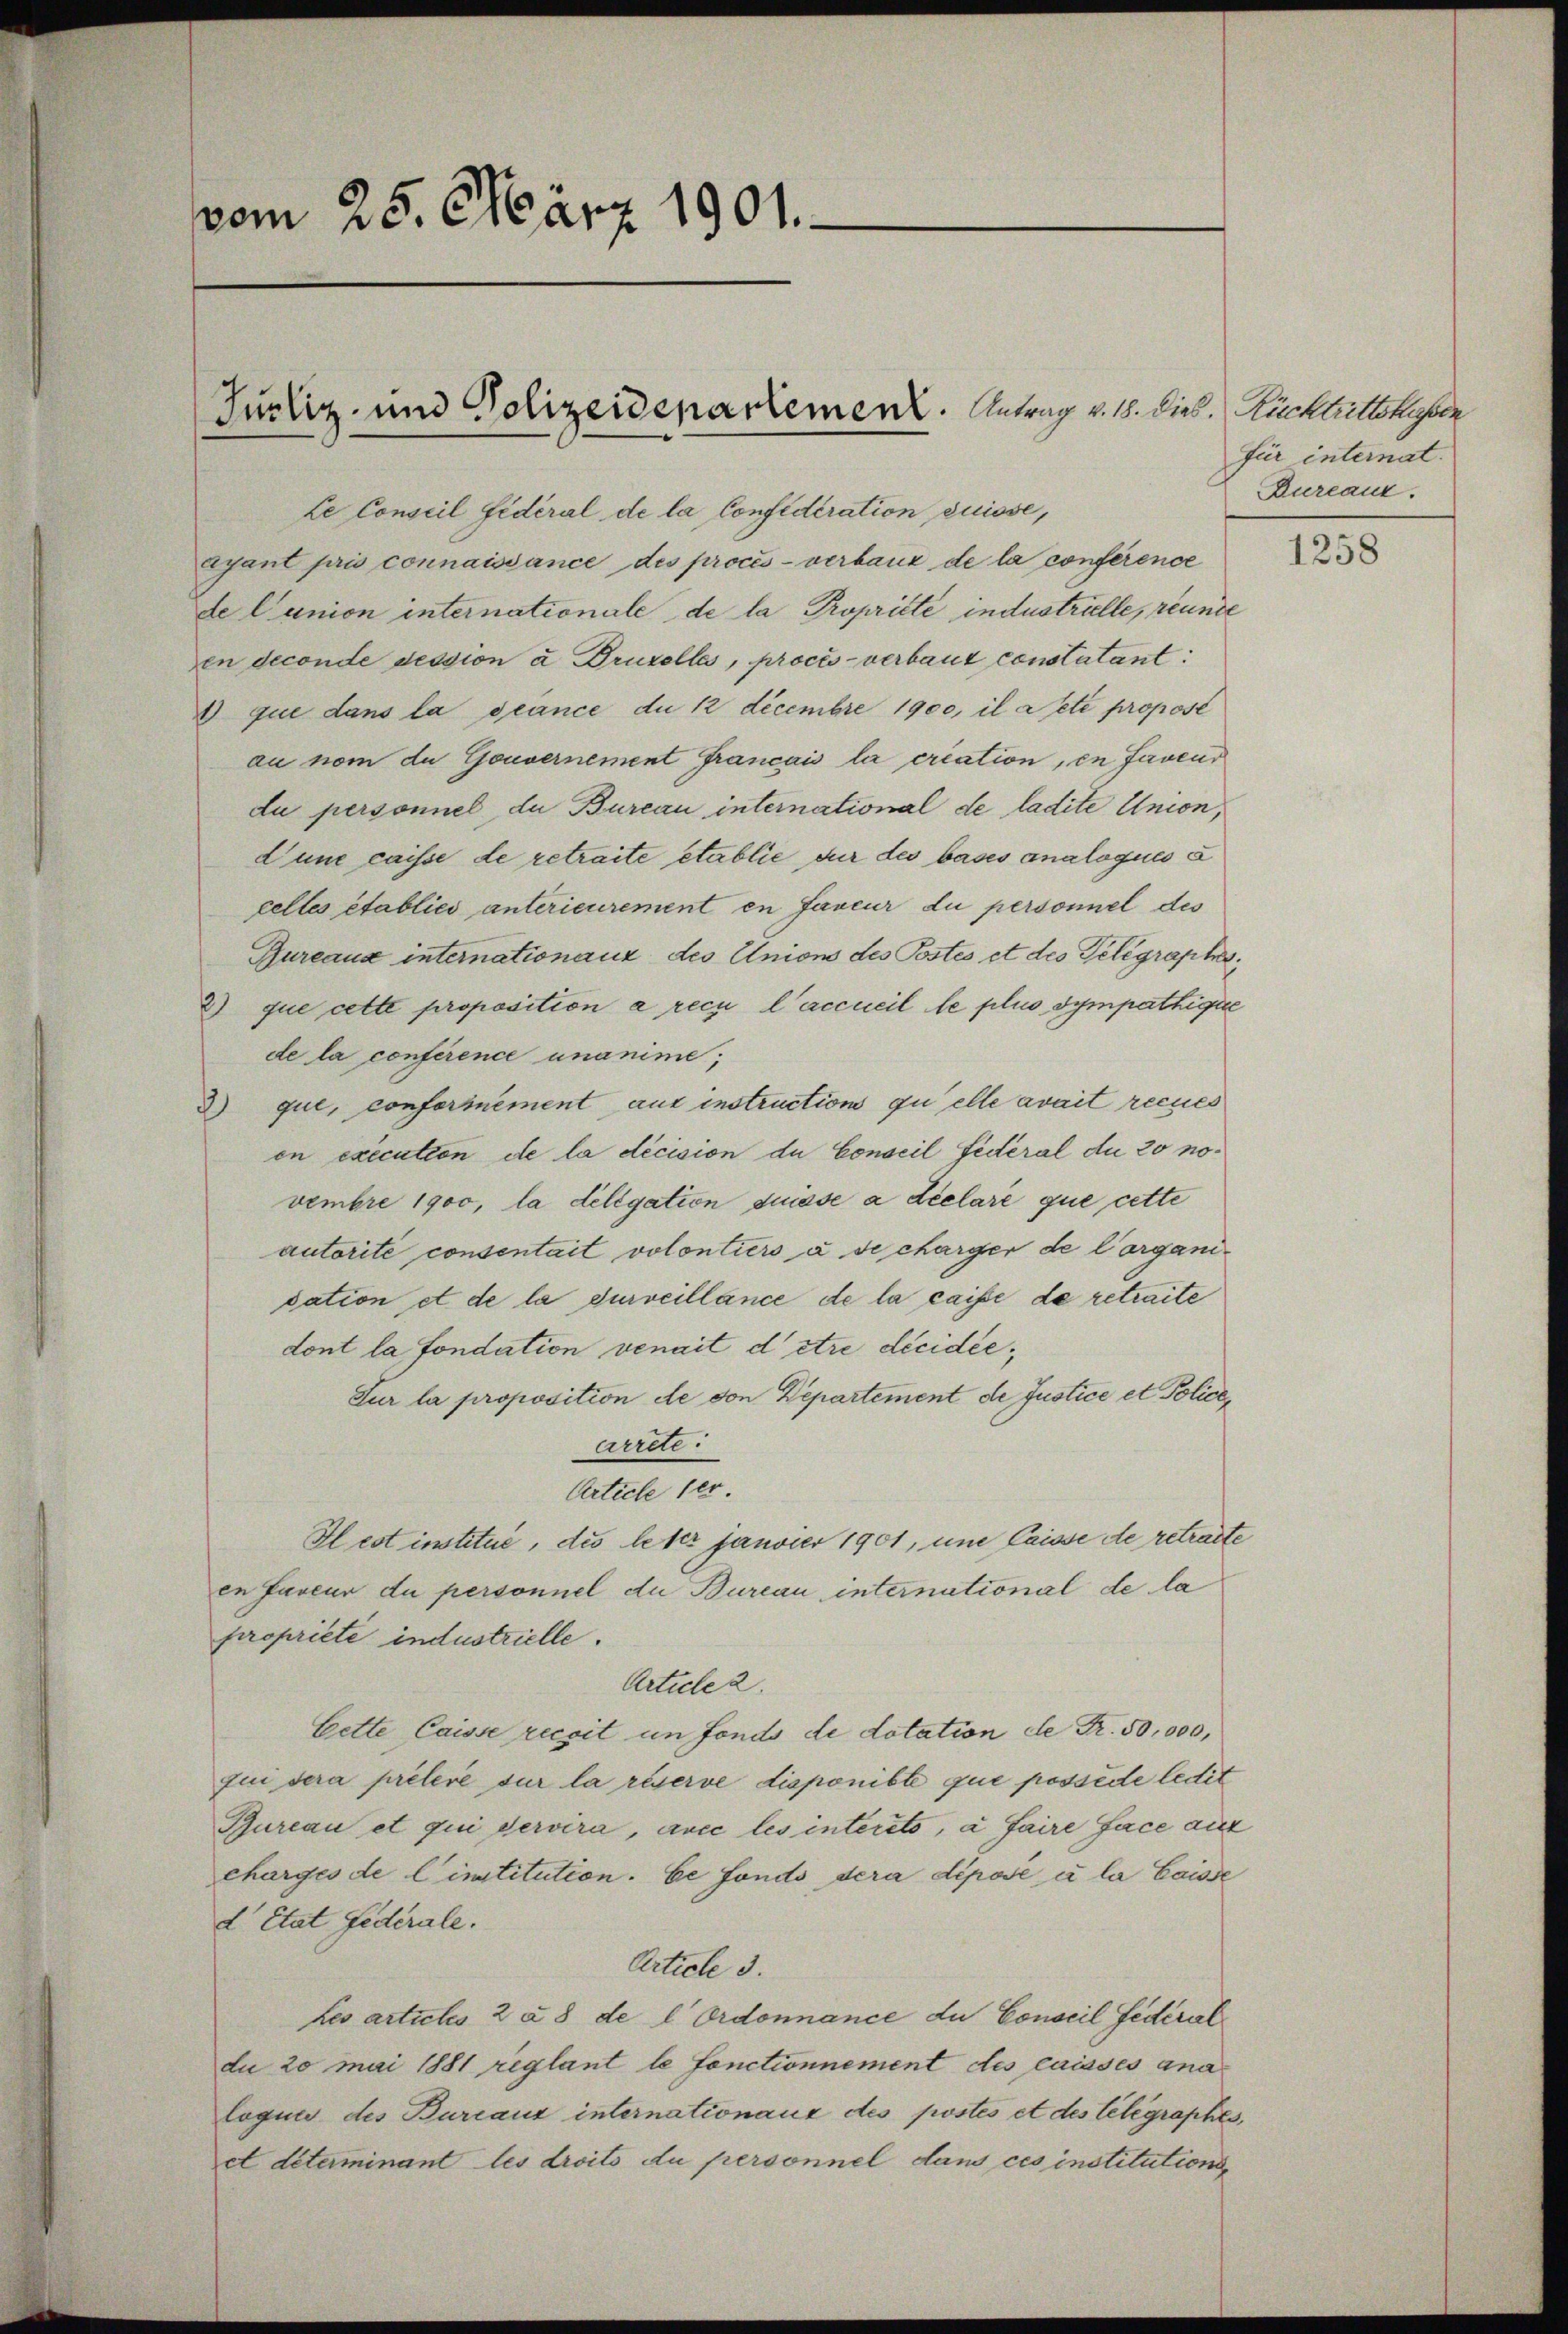
vom 25. März 1901.

ayant pris connaissance des procès-verbaux de la conference
de lunion internationale de la Propriété industrielle, reunde
en deconde dession a Bruzolles, procès-verbaut constatant
1) que dans la séance du 12 Decembre 1900, il acte proposé
au nom du Gouvernement Français la criation, en faveur
du personnel da Bureau international de ladite Union,
L’une caisse de retraite etablie der des bases analogues e
celles établico anterieurement en faveur du personnel des
Bureaux internationauz des Unions des Postes et des Telegrapher,
2) que cette proposition a recu l’accueil le plus Sympathique
de la conférence unanime;
d) que, conformément aus instruction zu elle avait recues
en execution de la décision du Conseil fédéral du 20 novembre 1900, la deligation duisse a déclaré que cette
autorité consentait volontiers à de charger de Corganidation et de la durveillance de la caisse de retraite
dont la fondation venait ditre décidée¬
Sur la proposition de von Departement de Justice et Policearrete:
Article 1er.
Hlest institué, die leter janvier 1901, und Caisse de retracte
in faveur du personnel du Bureau international de la
propriete industrielle.
Article 2.
Bette Caisse recit in Fonds de dotation de Fr. 50,000,
fui sera prélere sur la réserve disponible que possède ledit
Bureau et qui servira, avec les interito, à faire face auf
charges de l’institution. Le fonds dera déposé à la Gaisse
d Etat Federale.
Article 3.
Les artichs 2 § 8 de l Ordonnance du Conseil fédéral
du 20 mai 1881 reglant le fonctionnement des caisses analoques des Bureaux internationaux des postés et des Telegraphes,
et déterminant les droits du personnel dans ces institutions

Justiz- und Polizeidenartement. Antrag v. 18. Dieb. Rücktrittskasser
Le Conseil fédéral de la Confideration suisse,

für internat.
Bureauz.

1258